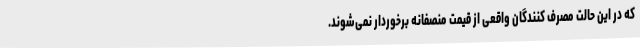
که در این حالت مصرف کنندگان واقعی از قیمت منصفانه برخوردار نمی‌شوند.